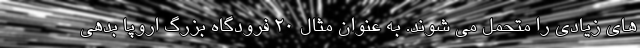
های زیادی را متحمل می شوند. به عنوان مثال ۲۰ فرودگاه بزرگ اروپا بدهی